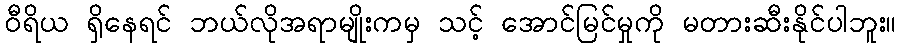
ဝီရိယ ရှိနေရင် ဘယ်လိုအရာမျိုးကမှ သင့် အောင်မြင်မှုကို မတားဆီးနိုင်ပါဘူး။